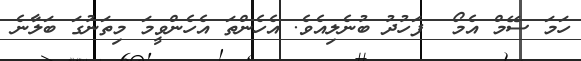
ހަމަ ސޭމް އެމޯ  ފަހުދު ބުނެލިއެވެ. އެހެންތަ އެހެންވީމަ މިތަނުގަ ބަލާނެ